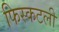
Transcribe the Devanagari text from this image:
फिस्कटली